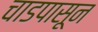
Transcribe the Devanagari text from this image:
चाडपासून